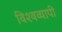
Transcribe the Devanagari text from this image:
विश्‍वव्‍यापी